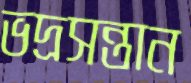
ভদ্রসন্তান